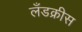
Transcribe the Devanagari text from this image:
लँडक्रीस